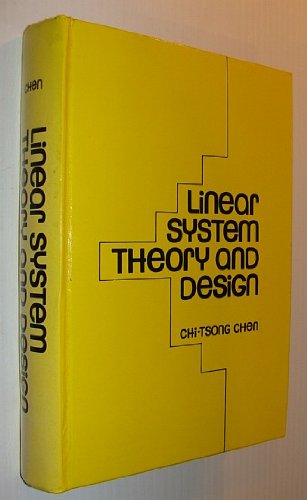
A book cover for Linear System Theory and Design (The Oxford Series in Electrical and Computer Engineering); Chi-Tsong Chen; Science & Math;